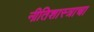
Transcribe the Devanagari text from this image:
नीतिशास्त्राचा